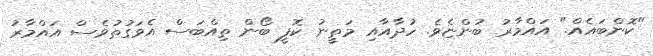
"ކޮންބައެއް." އައްމާރު ބުންޏެވެ. ހުދާއާއި މަތީނު ކޮފީ ބޯން ތިއްބަސް އެވަގުތުވެސް އައްމާރު